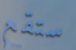
ستقع